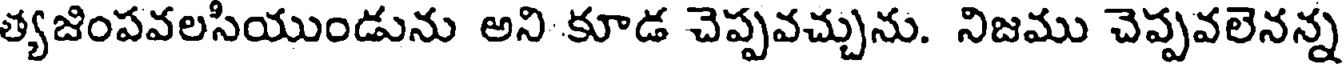
త్యజింపవలసియుండును అని కూడ చెప్పవచ్చును. నిజము చెప్పవలెనన్న